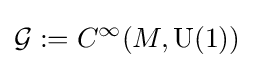
{\mathcal {G}}:=C^{\infty }(M,\operatorname {U} (1))